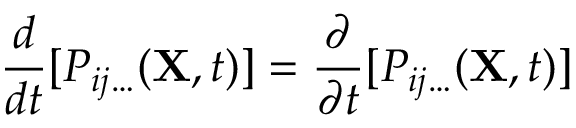
\ { \frac { d } { d t } } [ P _ { i j \ldots } ( \mathbf { X } , t ) ] = { \frac { \partial } { \partial t } } [ P _ { i j \ldots } ( \mathbf { X } , t ) ]